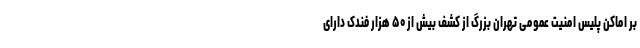
بر اماکن پلیس امنیت عمومی تهران بزرگ از کشف بیش از ۵۰ هزار فندک دارای